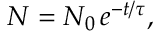
N = N _ { 0 } \, e ^ { - t / \tau } ,